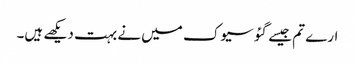
ارے تم جیسے گئو سیوک میں نے بہت دیکھے ہیں۔